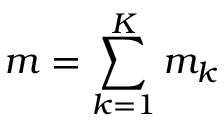
m = \sum _ { k = 1 } ^ { K } m _ { k }